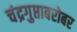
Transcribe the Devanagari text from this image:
चंद्रगुप्ताबरोबर